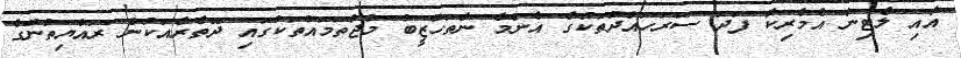
އާއި ލެޓިން އެމެރިކާ ފަދަ ސަރަހައްދުތަކުގެ އެންމެ ނާތަހުޒީބު މުޖުތަމައުތަކުގައި ދޭތެރެއަކުން ރައްޔިތުންގެ